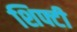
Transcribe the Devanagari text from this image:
शिफ्टी